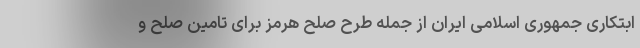
ابتکاری جمهوری اسلامی ایران از جمله طرح صلح هرمز برای تامین صلح و